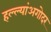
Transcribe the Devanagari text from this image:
हल्ल्यांअगोदर